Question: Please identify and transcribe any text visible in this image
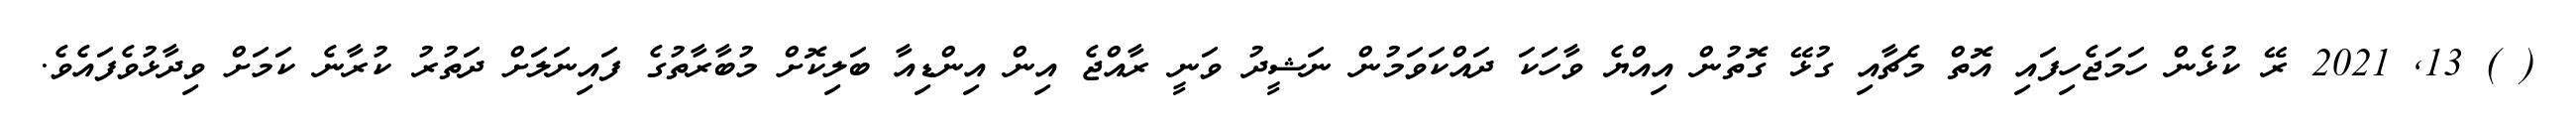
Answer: ( ) 13, 2021 ރޭ ކުޅެން ހަމަޖެހިފައި އޮތް މެޗާއި ގުޅޭ ގޮތުން އިއްޔެ ވާހަކަ ދައްކަވަމުން ނަޝީދު ވަނީ ރާއްޖެ އިން އިންޑިއާ ބަލިކޮށް މުބާރާތުގެ ފައިނަލަށް ދަތުރު ކުރާނެ ކަމަށް ވިދާޅުވެފައެވެ.